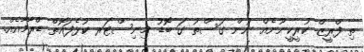
ތި ފްރީޒް ކުރީކީނޫނެއް ނުން ގަސްތު ގަ ބޮޑު މިނިސްޓަރ ކުޅެފައޮތް ޑްރާމާއެއް.